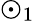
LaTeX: \odot_{1}